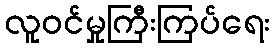
လူဝင်မှုကြီးကြပ်ရေး